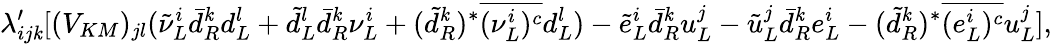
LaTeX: \lambda_{ij\mathit{k}}^{\prime}[(V_{KM})_{jl}({\tilde{{\nu}}}_{L}^{i}{\bar{{d}}}_{R}^{\mathit{k}}d_{L}^{l}+{\tilde{{d}}}_{L}^{l}{\bar{{d}}}_{R}^{\mathit{k}}{\nu}_{L}^{i}+(\tilde{{d}}_{R}^{\mathit{k}})^{*}\overline{{{{(\nu_{L}^{i})^{c}}}}}d_{L}^{l})-{\tilde{{e}}}_{L}^{i}{\bar{{d}}}_{R}^{\mathit{k}}u_{L}^{j}-{\tilde{{u}}}_{L}^{j}{\bar{{d}}}_{R}^{\mathit{k}}e_{L}^{i}-(\tilde{{d}}_{R}^{\mathit{k}})^{*}\overline{{{{(e_{L}^{i})^{c}}}}}u_{L}^{j}],